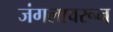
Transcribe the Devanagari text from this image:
जंगलावरून